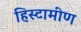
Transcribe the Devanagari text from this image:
हिस्टामीण